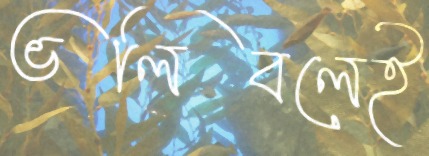
ভলিবলেই